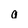
Character: o